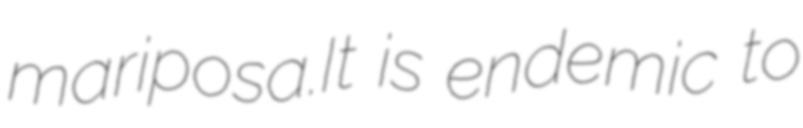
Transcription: mariposa.It is endemic to